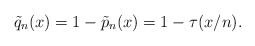
\begin{align*}\tilde{q}_n(x) &= 1-\tilde{p}_n(x) = 1- \tau(x/n). \end{align*}